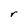
Character: r